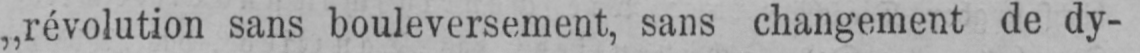
„révolution sans bouleversement, sans changement de dy-